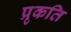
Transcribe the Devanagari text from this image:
प्रृकति